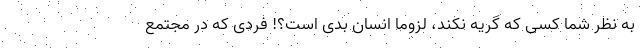
به نظر شما کسی که گریه نکند، لزوما انسان بدی است؟! فردی که در مجتمع